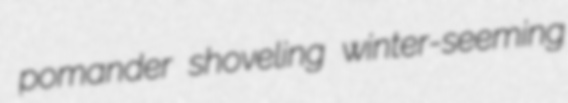
pomander shoveling winter-seeming